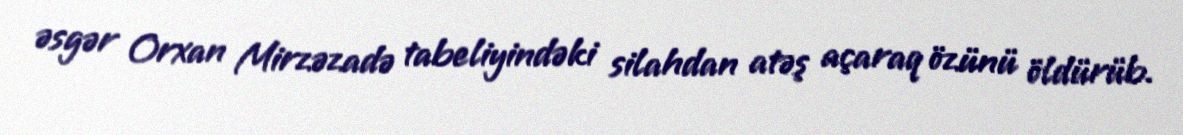
əsgər Orxan Mirzəzadə tabeliyindəki silahdan atəş açaraq özünü öldürüb.